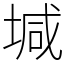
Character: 堿